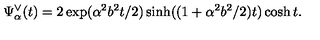
\Psi _ { \alpha } ^ { \vee } ( t ) = 2 \exp ( \alpha ^ { 2 } b ^ { 2 } t / 2 ) \sinh ( ( 1 + \alpha ^ { 2 } b ^ { 2 } / 2 ) t ) \cosh t .